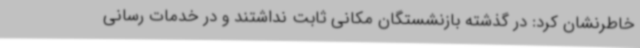
خاطرنشان کرد: در گذشته بازنشستگان مکانی ثابت نداشتند و در خدمات رسانی